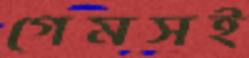
গেমসই